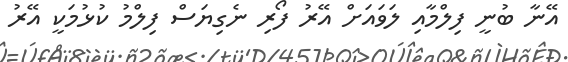
އޭނާ ބުނީ ފިލްމާއި ލަވައަށް އޭރު ފޯރި ނެގިޔަސް ފިލްމު ކުޅުމަކީ އޭރު